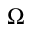
\Omega